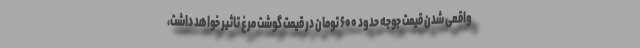
واقعی شدن قیمت جوجه حدود ۶۰۰ تومان در قیمت گوشت مرغ تاثیر خواهد داشت،